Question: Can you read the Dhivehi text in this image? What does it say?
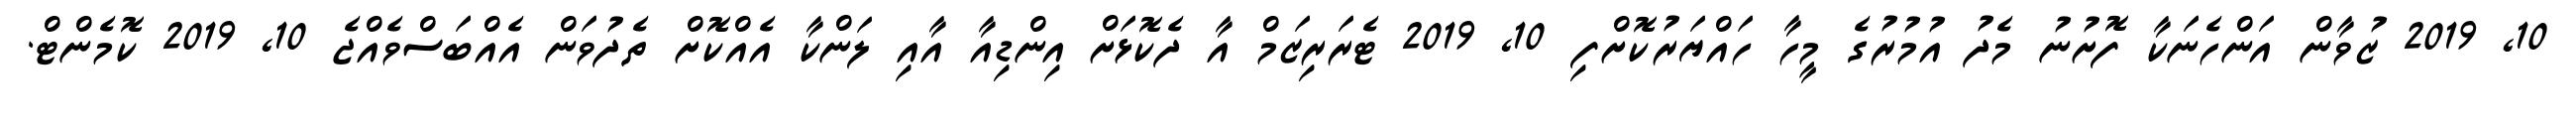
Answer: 10, 2019 ޒުވާން އަންހެނަކާ ފޮށުނު މެދު އުމުރުގެ މީހާ ހައްޔަރުކޮށްފި 10, 2019 ޓެރަރިޒަމް އާ ދެކޮޅަށް އިންޑިއާ އާއި ލަންކާ އެއްކޮށް ތެދުވަން އެއްބަސްވެއްޖެ 10, 2019 ކޮމެންޓް.